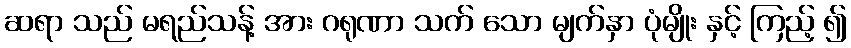
ဆရာ သည် မရည်သန့် အား ဂရုဏာ သက် သော မျက်နှာ ပုံမျိုး နှင့် ကြည့် ၍